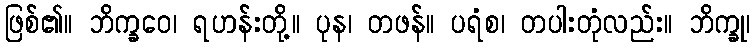
ဖြစ်၏။ ဘိက္ခဝေ၊ ရဟန်းတို့။ ပုန၊ တဖန်။ ပရံစ၊ တပါးတုံလည်း။ ဘိက္ခု၊